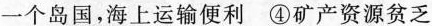
一个岛国，海上运输便利 ④矿产资源贫乏